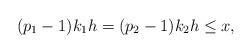
LaTeX: \begin{align*} (p_1-1)k_1 h = (p_2-1)k_2 h \le x,\end{align*}